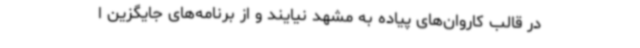
در قالب کاروان‌های پیاده به مشهد نیایند و از برنامه‌های جایگزین ا